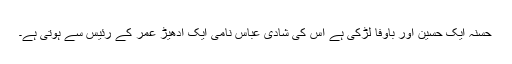
حسنہ ایک حسین اور باوفا لڑکی ہے اس کی شادی عباس نامی ایک ادھیڑ عمر کے رئیس سے ہوتی ہے۔